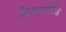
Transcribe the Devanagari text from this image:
शिकागोलैंड